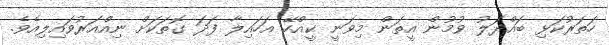
ހަތަރުކަޅި ބައްދަލު ވުމުން އީތަން މިވަނީ ކީއްހޭ އަހައިލާ ފަދަ ގޮތަކަށް ނިއްއަރުވައިލިއެވެ.